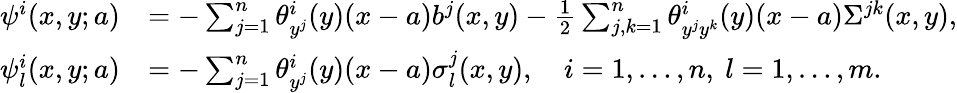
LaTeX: \begin{array}{rl}{\psi^{i}(x,y;a)}&{=-\sum_{j=1}^{n}\theta_{y^{j}}^{i}(y)(x-a)b^{j}(x,y)-\frac 12\sum_{j,k=1}^{n}\theta_{y^{j}y^{k}}^{i}(y)(x-a)\Sigma^{jk}(x,y),}\\ {\psi_{l}^{i}(x,y;a)}&{=-\sum_{j=1}^{n}\theta_{y^{j}}^{i}(y)(x-a)\sigma_{l}^{j}(x,y),\quad i=1,\dots,n,\ l=1,\dots,m.}\end{array}